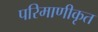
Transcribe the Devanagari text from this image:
परिमाणीकृत